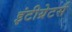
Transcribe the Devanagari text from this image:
इंटीग्रेटर्स